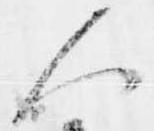
人